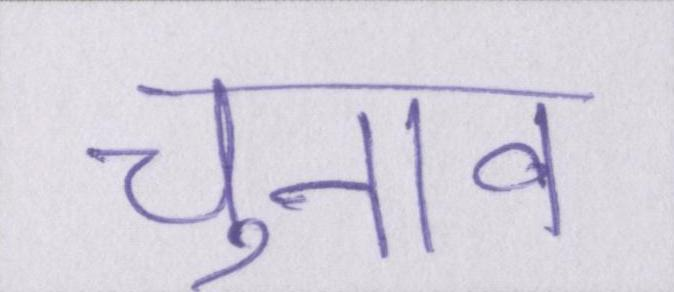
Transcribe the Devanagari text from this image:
चुनाव